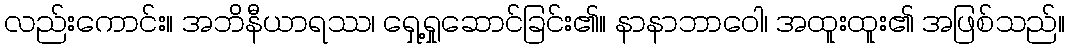
လည်းကောင်း။ အဘိနီယာရဿ၊ ရှေ့ရှုဆောင်ခြင်း၏။ နာနာဘာဝေါ၊ အထူးထူး၏ အဖြစ်သည်။